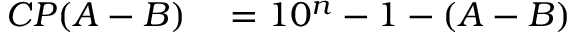
\begin{array} { r l } { C P ( A - B ) } & { { } = 1 0 ^ { n } - 1 - ( A - B ) } \end{array}